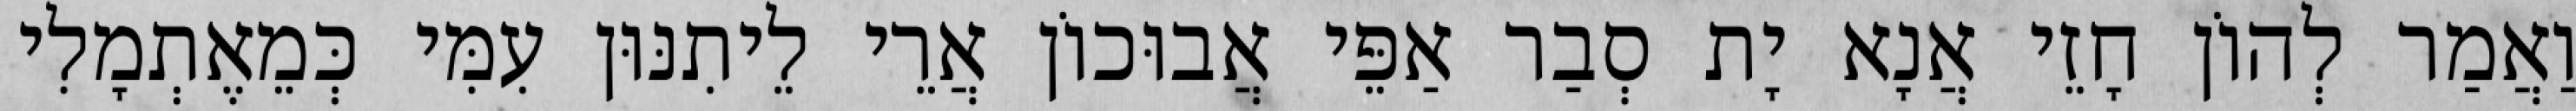
וַאֲמַר לְהוֹן חָזֵי אֲנָא יָת סְבַר אַפֵּי אֲבוּכוֹן אֲרֵי לֵיתִנּוּן עִמִּי כְּמֵאֶתְמָלִי